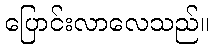
ပြောင်းလာလေသည်။